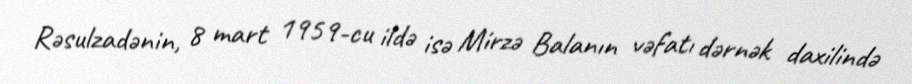
Rəsulzadənin, 8 mart 1959-cu ildə isə Mirzə Balanın vəfatı dərnək daxilində